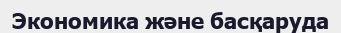
Экономика және басқаруда